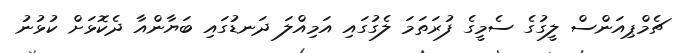
ޗެމްޕިއަންސް ލީގުގެ ސެމީގެ ފުރަތަމަ ލެގުގައި އަމިއްލަ ދަނޑުގައި ބަޔާންއާ ދެކޮޅަށް ކުޅުނު